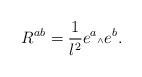
LaTeX: \begin{align*}R^{ab} = \frac{1}{l^2} e^a {\mbox{\tiny $\wedge$}} e^b.\end{align*}